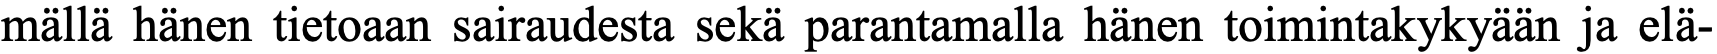
mällä hänen tietoaan sairaudesta sekä parantamalla hänen toimintakykyään ja elä-